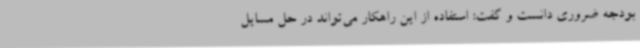
بودجه ضروری دانست و گفت: استفاده از این راهکار می‌تواند در حل مسایل